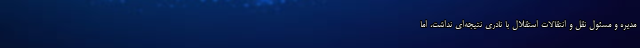
مدیره و مسئول نقل و انتقالات استقلال با نادری نتیجه‌ای نداشت، اما